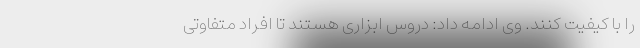
را با کیفیت کنند. وی ادامه داد: دروس ابزاری هستند تا افراد متفاوتی